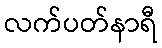
လက်ပတ်နာရီ